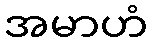
အမာဟံ